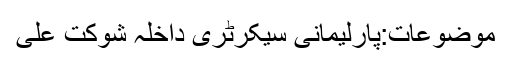
موضوعات:پارلیمانی سیکرٹری داخلہ شوکت علی